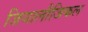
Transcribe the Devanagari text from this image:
जियालौजिकल